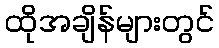
ထိုအချိန်များတွင်